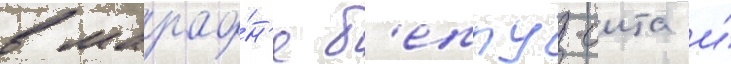
в марафо́н'е б'еппу-оита и́